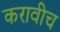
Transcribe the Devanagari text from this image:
करावीच